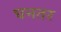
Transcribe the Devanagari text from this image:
घनतर